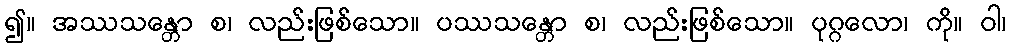
၍။ အဿသန္တော စ၊ လည်းဖြစ်သော။ ပဿသန္တော စ၊ လည်းဖြစ်သော။ ပုဂ္ဂလော၊ ကို။ ဝါ၊